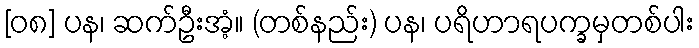
[၀၈] ပန၊ ဆက်ဦးအံ့။ (တစ်နည်း) ပန၊ ပရိဟာရပက္ခမှတစ်ပါး